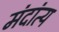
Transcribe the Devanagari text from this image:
मंदांत्य